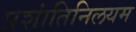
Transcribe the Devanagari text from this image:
प्रशांतिनिलयम